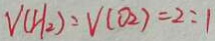
V ( H _ { 2 } ) : V ( O _ { 2 } ) = 2 : 1